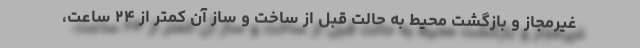
غیرمجاز و بازگشت محیط به حالت قبل از ساخت و ساز آن کمتر از ۲۴ ساعت،